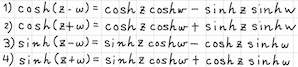
\begin{align*}
&1) \cosh(z - w)=\cosh z\cosh w-\sinh z\sinh w\\
&2) \cosh(z + w)=\cosh z\cosh w+\sinh z\sinh w\\
&3) \sinh(z - w)=\sinh z\cosh w-\cosh z\sinh w\\
&4) \sinh(z + w)=\sinh z\cosh w+\cosh z\sinh w
\end{align*}